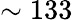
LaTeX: \sim 133